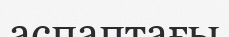
аспаптағы